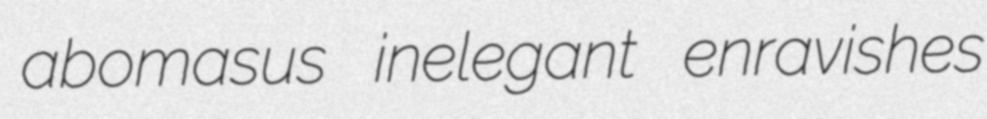
abomasus inelegant enravishes